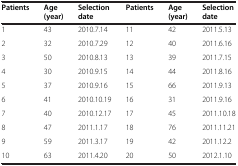
<table><thead><tr><td><b>Patients</b></td><td><b>Age (year)</b></td><td><b>Selection date</b></td><td><b>Patients</b></td><td><b>Age (year)</b></td><td><b>Selection date</b></td></tr></thead><tbody><tr><td>1</td><td>43</td><td>2010.7.14</td><td>11</td><td>42</td><td>2011.5.13</td></tr><tr><td>2</td><td>32</td><td>2010.7.29</td><td>12</td><td>40</td><td>2011.6.16</td></tr><tr><td>3</td><td>50</td><td>2010.8.13</td><td>13</td><td>39</td><td>2011.7.15</td></tr><tr><td>4</td><td>30</td><td>2010.9.15</td><td>14</td><td>44</td><td>2011.8.16</td></tr><tr><td>5</td><td>37</td><td>2010.9.16</td><td>15</td><td>66</td><td>2011.9.13</td></tr><tr><td>6</td><td>41</td><td>2010.10.19</td><td>16</td><td>31</td><td>2011.9.16</td></tr><tr><td>7</td><td>40</td><td>2010.12.17</td><td>17</td><td>45</td><td>2011.10.18</td></tr><tr><td>8</td><td>47</td><td>2011.1.17</td><td>18</td><td>76</td><td>2011.11.21</td></tr><tr><td>9</td><td>59</td><td>2011.3.17</td><td>19</td><td>42</td><td>2011.12.2</td></tr><tr><td>10</td><td>63</td><td>2011.4.20</td><td>20</td><td>50</td><td>2012.1.10</td></tr></tbody></table>